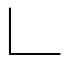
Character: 𠃊